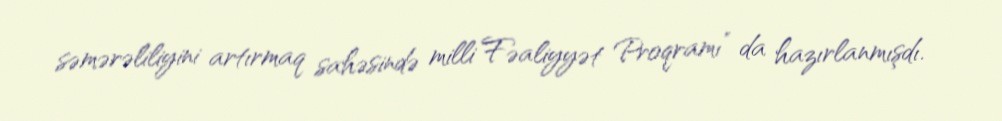
səmərəliliyini artırmaq sahəsində milli Fəaliyyət Proqramı” da hazırlanmışdı.